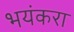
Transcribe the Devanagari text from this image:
भयंकरा